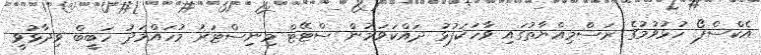
އެކްސްޕޯ ހުޅުވުމުގެ ރަސްމިއްޔާތުގައި ވާހަކަފުޅު ދައްކަވަމުން ސްޓޭޓް މިނިސްޓަރު މުހައްމަދު ހަބީބް ވިދާޅުވީ